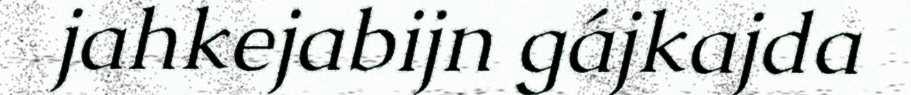
jahkejabijn gájkajda